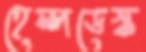
হেল্পডেস্ক